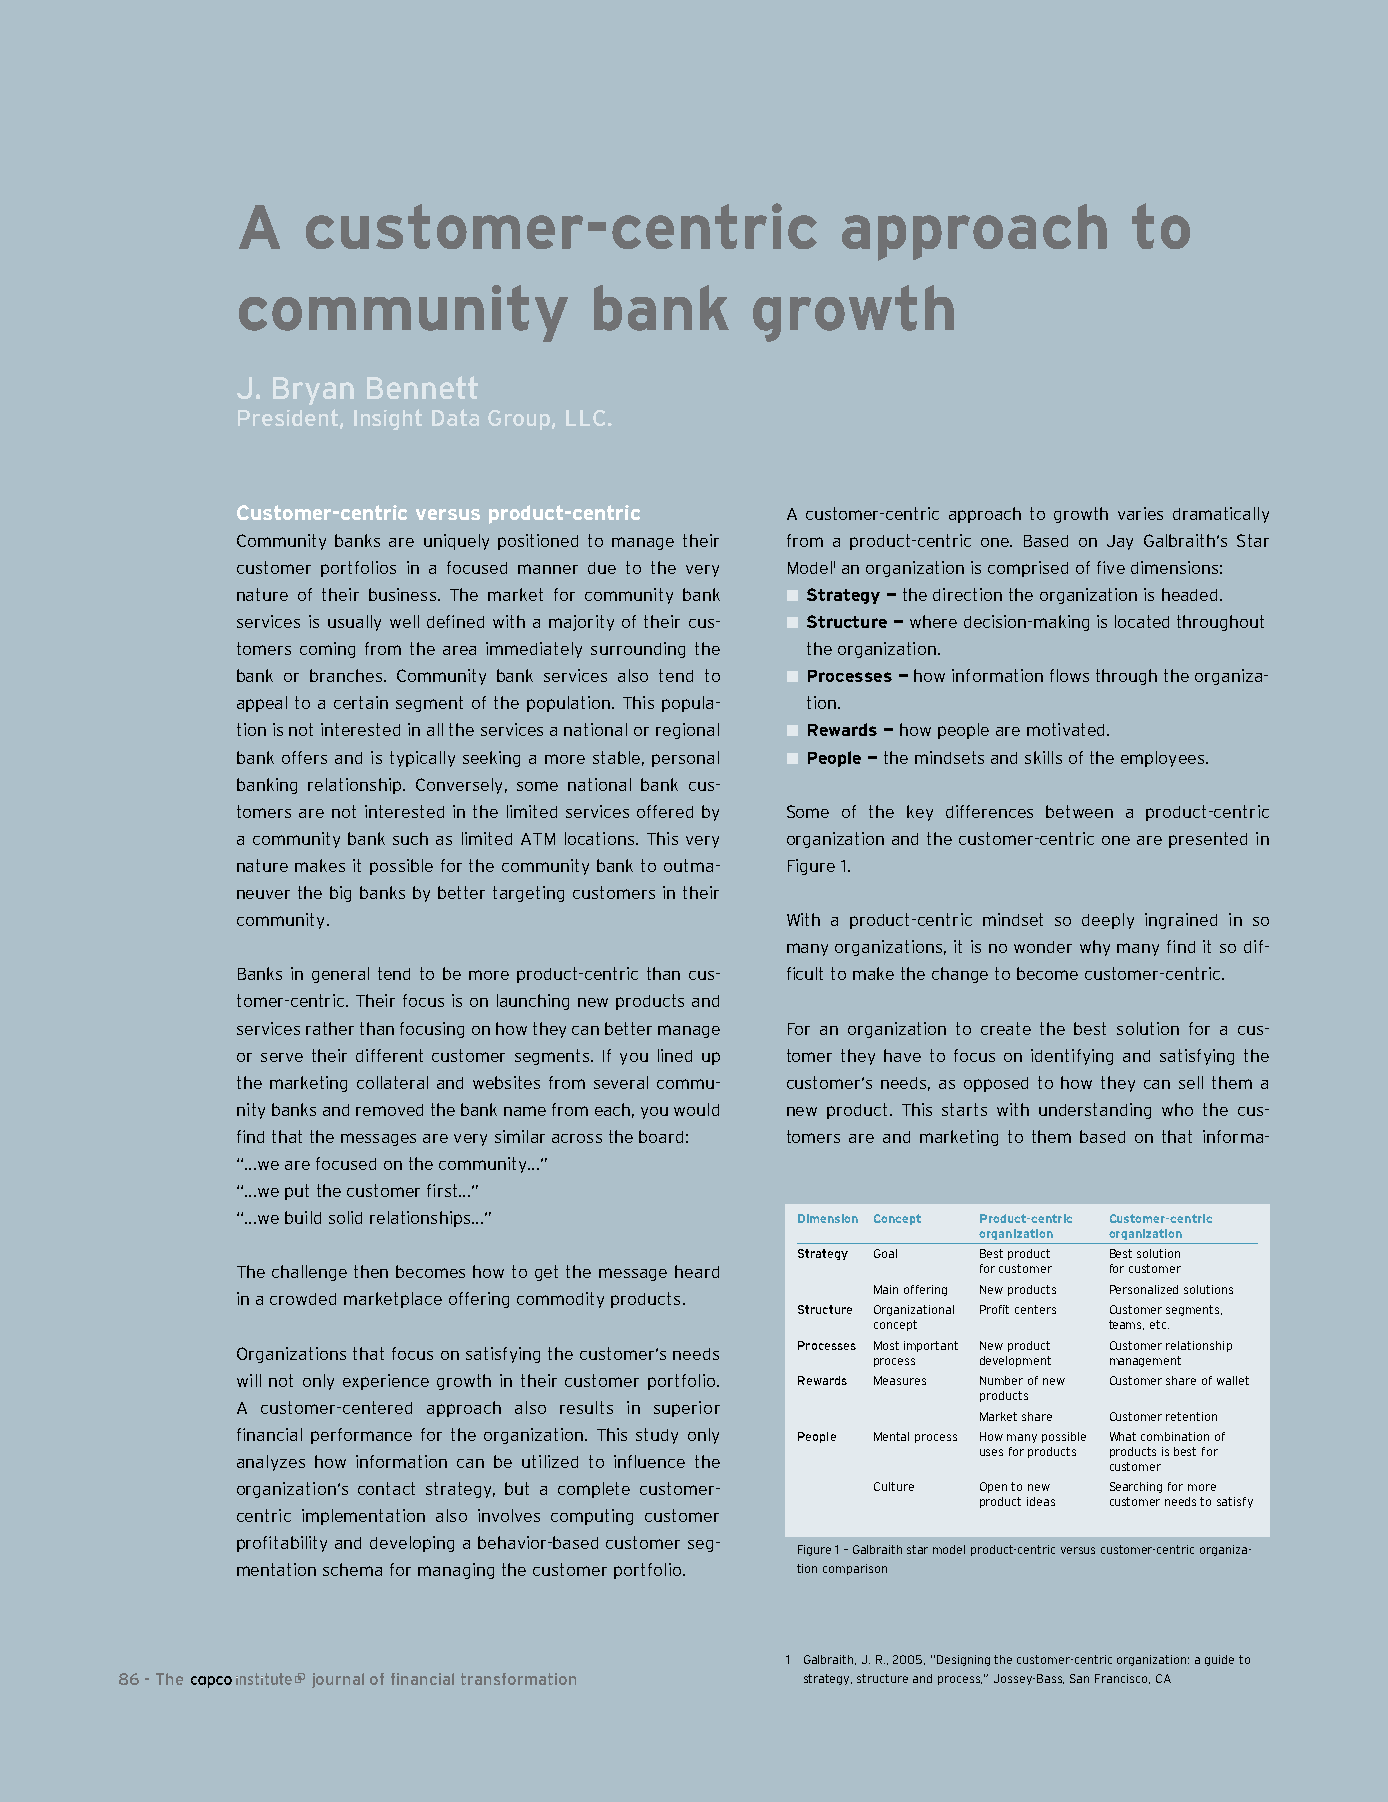
A   customer-centric                    approach           to
 community              bank       growth
 J. Bryan Bennett
 President, insight Data Group, LLC.
 Customer-centric versus product-centric A customer-centric approach to growth varies dramatically
 Community banks are uniquely positioned to manage their from a product-centric one. Based on Jay Galbraith’s Star
 customer portfolios in a focused manner due to the very Model1 an organization is comprised of five dimensions:
 nature of their business. The market for community bank n strategy — the direction the organization is headed.
 services is usually well defined with a majority of their cus- n structure — where decision-making is located throughout
 tomers coming from the area immediately surrounding the the organization.
 bank or branches. Community bank services also tend to n Processes — how information flows through the organiza-
 appeal to a certain segment of the population. This popula- tion.
 tion is not interested in all the services a national or regional n rewards — how people are motivated.
 bank offers and is typically seeking a more stable, personal n People — the mindsets and skills of the employees.
 banking relationship. Conversely, some national bank cus-
 tomers are not interested in the limited services offered by Some of the key differences between a product-centric
 a community bank such as limited ATM locations. This very organization and the customer-centric one are presented in
 nature makes it possible for the community bank to outma- Figure 1.
 neuver the big banks by better targeting customers in their
 community.                          With a product-centric mindset so deeply ingrained in so
 many organizations, it is no wonder why many find it so dif-
 Banks in general tend to be more product-centric than cus- ficult to make the change to become customer-centric.
 tomer-centric. Their focus is on launching new products and
 services rather than focusing on how they can better manage For an organization to create the best solution for a cus-
 or serve their different customer segments. If you lined up tomer they have to focus on identifying and satisfying the
 the marketing collateral and websites from several commu- customer’s needs, as opposed to how they can sell them a
 nity banks and removed the bank name from each, you would new product. This starts with understanding who the cus-
 find that the messages are very similar across the board: tomers are and marketing to them based on that informa-
 “…we are focused on the community…”
 “…we put the customer first…”
 “…we build solid relationships…”     Dimension Concept Product-centric Customer-centric
 organization organization
 Strategy Goal Best product Best solution
 The challenge then becomes how to get the message heard for customer for customer
 Main offering New products Personalized solutions
 in a crowded marketplace offering commodity products.
 Structure Organizational Profit centers Customer segments,
 concept        teams, etc.
 Organizations that focus on satisfying the customer’s needs Processes Most important New product Customer relationship
 process development management
 will not only experience growth in their customer portfolio. Rewards Measures Number of new Customer share of wallet
 products
 A customer-centered approach also results in superior
 Market share Customer retention
 financial performance for the organization. This study only People Mental process How many possible What combination of
 uses for products products is best for
 analyzes how information can be utilized to influence the
 customer
 organization’s contact strategy, but a complete customer- Culture Open to new Searching for more
 product ideas customer needs to satisfy
 centric implementation also involves computing customer
 profitability and developing a behavior-based customer seg-
 Figure 1 – Galbraith star model product-centric versus customer-centric organiza-
 mentation schema for managing the customer portfolio. tion comparison
 1 Galbraith, J. R., 2005, “Designing the customer-centric organization: a guide to
 6 - The     journal of financial transformation strategy, structure and process,” Jossey-Bass, San Francisco, CA